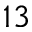
1 3